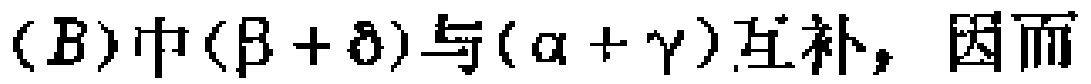
(B)中$(\beta + \delta)$与$(\alpha + \gamma)$互补，因而